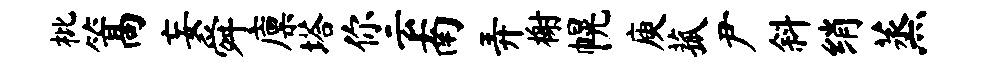
枇篙妄舜廪塔你云南弄榭幌庾菰尹斜绡蒸